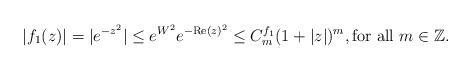
LaTeX: \begin{align*}|f_1(z)|=|e^{-z^2}|\leq e^{W^2}e^{-{\rm Re}(z)^2}\leq C^{f_1}_m(1+|z|)^m,\mbox{for all}~m\in\mathbb{Z}.\end{align*}